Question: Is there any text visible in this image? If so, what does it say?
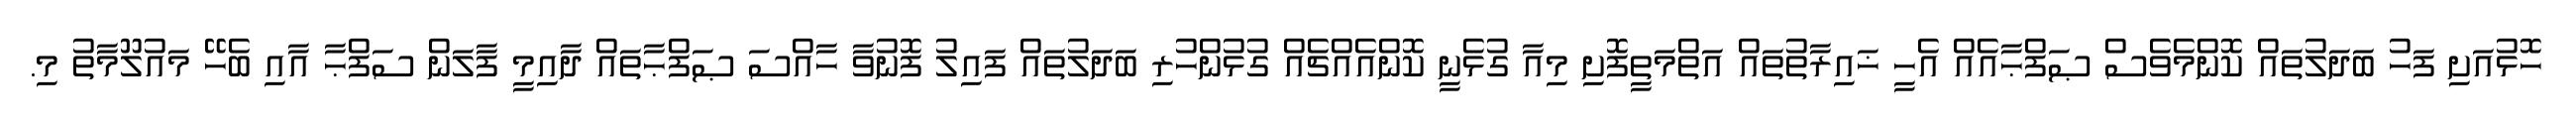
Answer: ހޮޅުއަށި ފަހު ބަދަލުތައް ކޮންމެވެސް ޞަފްޙާއެއް އެހީ ޚައިރާތުތައް އަތްމަތީފޮށި މިއާ ގުޅެނީ ކޮންއެއްޗެއް ގުޅުންހުރި ބަދަލުތައް ފައިލު ފޮނުވާ ހާއްސަ ޞަފްޙާތައް ދާއިމީ ފާލަން ސަފްޙާ އާއި ބެހޭ މައުލޫމާތު މި.